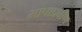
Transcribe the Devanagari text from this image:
भाषाप्रवीण